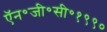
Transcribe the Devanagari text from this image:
ऍन॰जी॰सी॰१९९०